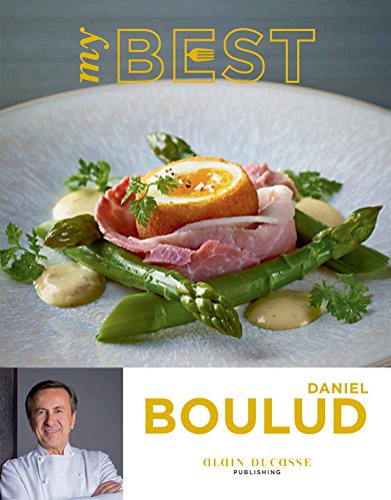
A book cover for My Best: Daniel Boulud; Daniel Boulud; Cookbooks, Food & Wine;